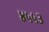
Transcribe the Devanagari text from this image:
४५५३